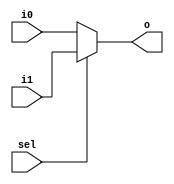
`timescale 1ns / 1ps
//////////////////////////////////////////////////////////////////////////////////
// Company: 
// Engineer: 
// 
// Design Name: 
// Module Name: mux2by1_5bit
// Project Name: 
// Target Devices: 
// Tool Versions: 
// Description: 
// 
// Dependencies: 
// 
// Revision:
// Revision 0.01 - File Created
// Additional Comments:
// 
//////////////////////////////////////////////////////////////////////////////////

module mux2by1_5bit(
input [4:0]i0,
input [4:0]i1,
input sel,
output [4:0]o
    );

assign o = sel ? i1 : i0 ;

endmodule